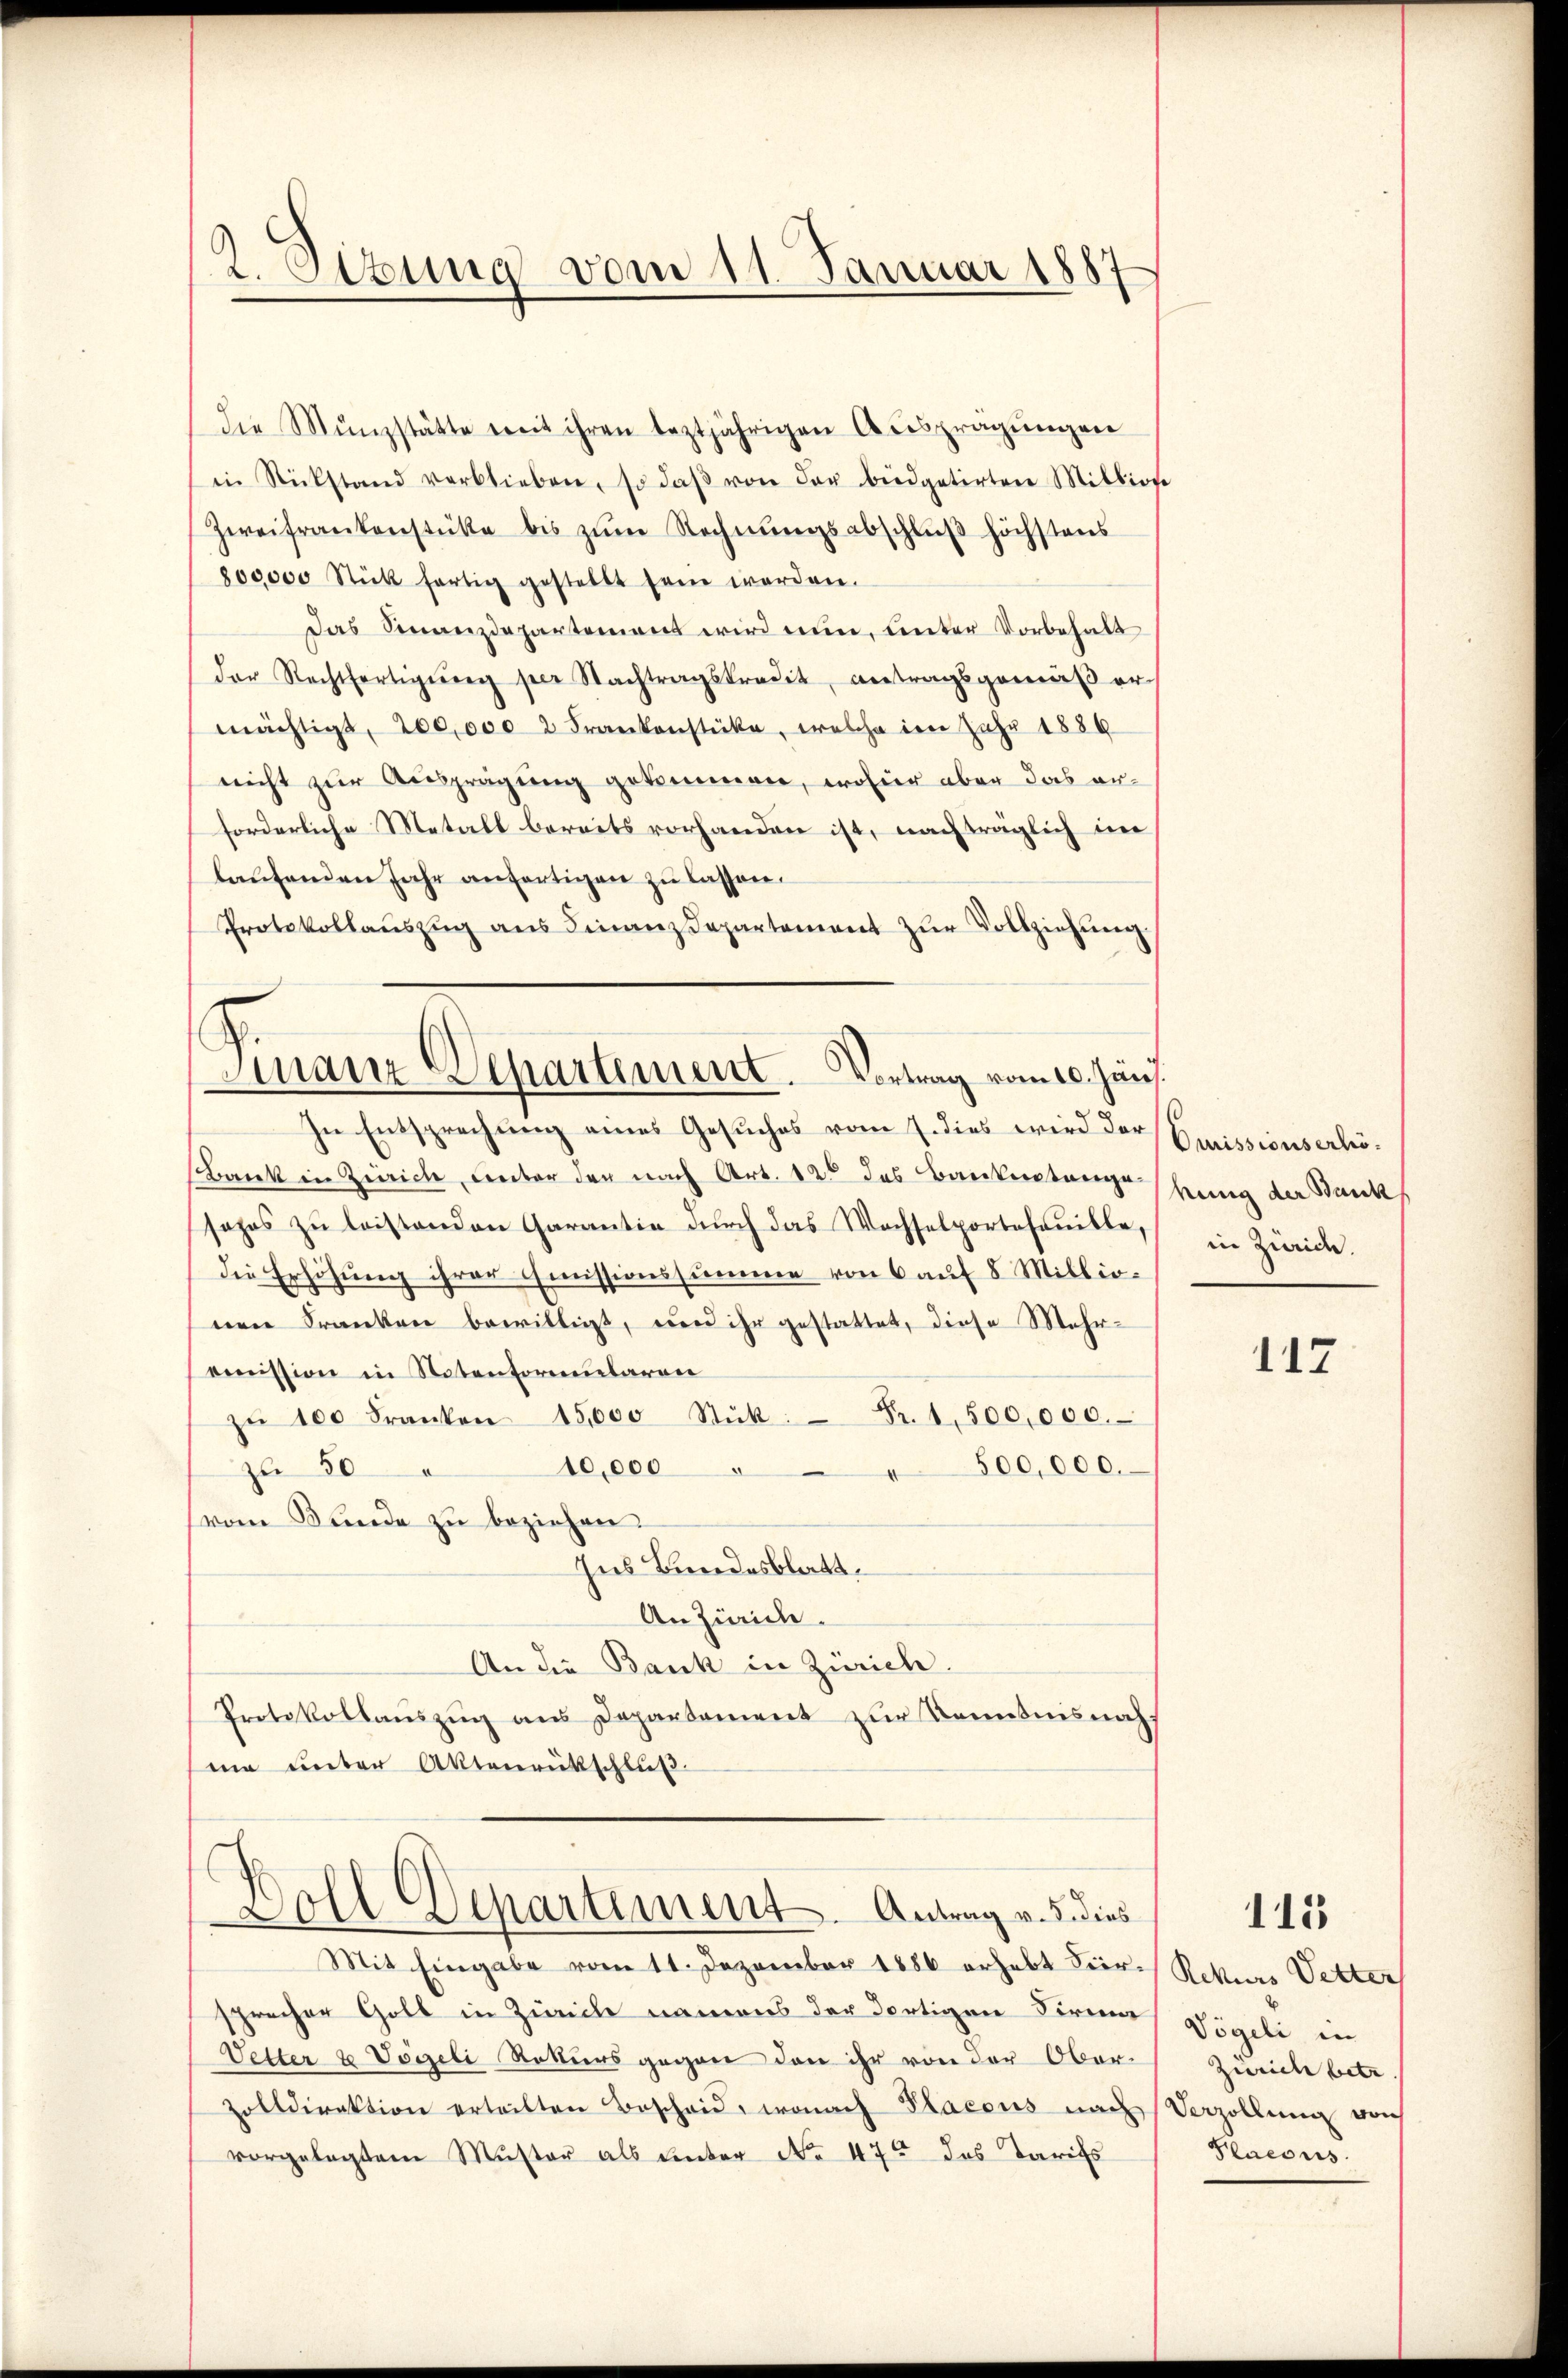
2. Ottung vom 11. Januar 1887

die Münzstätte mit ihren leztjährigen Anspragŭngen
in Rückstand verblieben, so daβ von der büdgetirten Millione
Zweifrankenstüke bis zŭm Rechnŭngsabschlŭβ höchstens
800000 Stück fertig gestellt sein werden.
Das Finanzdepartement wird nun, unter Vorbehalt
der Rechtfertigŭng per Nachtragskredit, antragsgemäβ er
mächtigt, 200,000 2 Frankenstücke, welche im Jahr 1886
nicht zur Ansprägung gekommen, wofür aber das anforderliche Metall bereits vorhanden ist, nachträglich im
laufenden Jahr anfertigen zu lassen.
Protokollauszug aus Finanzdepartement zur Vollziehung.

Finanz Departement. Vortrag vom 10. Juni.

In Entsprechung eines Gesuches vom 7. dies wird der
Bank in Zürich, unter der nach Art. 120 des Bankenstange schung der Bautes
sahos zŭ leistenden Garantie durch das Wachselportefanille,
die Erhöhung ihrer Emissionssumme von 6 auf 8 Millionen Franken bewilligt, und ihr gestattet, diese Mehr-
emnission in Notenformularen
zŭ 100 Franken 15,000 Stück: Fr. 1,500,000.
10,000
zu 50
500,000.
(vom Bunde zu beziehen.
Ins Bundesblatt.
An Zürich.
An die Bank in Zürich.
Protokollauszug aus Departement zur Kenntnisnah
ma unter Aktenrückschluß

Soll Departement. Antrag v. 5. dies

Mit Eingabe vom 11. Dezember 1886 erhebt Fier- Rekurs Vetter
sprecher Golt in Zeiche namens der dortigen Firma
Vetter u Vögeli Rekurs gegen den ihr von der Oberzolldirektion erteilten Bescheid, wonach Placens nach Vorzellung von
vorgelegtem Muster als unter No 47 das Tarifs

Qmrissionserhö
in Zürich.

117

115

Vögeli in
Zürich betr
Plaeous